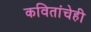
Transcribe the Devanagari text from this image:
कवितांचेही